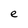
Character: e